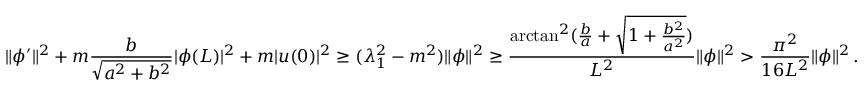
\| \phi ^ { \prime } \| ^ { 2 } + m \frac { b } { \sqrt { a ^ { 2 } + b ^ { 2 } } } | \phi ( L ) | ^ { 2 } + m | u ( 0 ) | ^ { 2 } \geq ( \lambda _ { 1 } ^ { 2 } - m ^ { 2 } ) \| \phi \| ^ { 2 } \geq \frac { \arctan ^ { 2 } ( \frac { b } { a } + \sqrt { 1 + \frac { b ^ { 2 } } { a ^ { 2 } } } ) } { L ^ { 2 } } \| \phi \| ^ { 2 } > \frac { \pi ^ { 2 } } { 1 6 L ^ { 2 } } \| \phi \| ^ { 2 } \, .